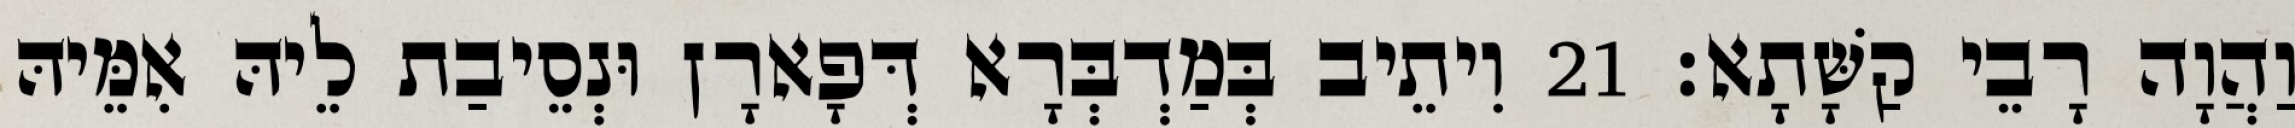
וַהֲוָה רָבֵי קַשָּׁתָא׃ 21 וִיתֵיב בְּמַדְבְּרָא דְּפָארָן וּנְסֵיבַת לֵיהּ אִמֵּיהּ